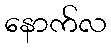
နောက်လ